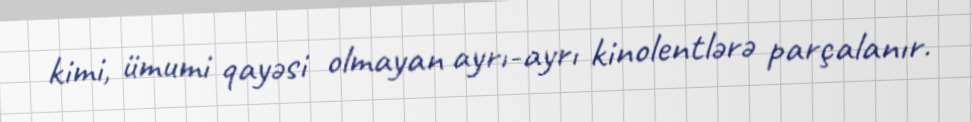
kimi, ümumi qayəsi olmayan ayrı-ayrı kinolentlərə parçalanır.